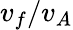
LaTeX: v_{f}/v_{A}